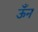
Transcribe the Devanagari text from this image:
ऊँन